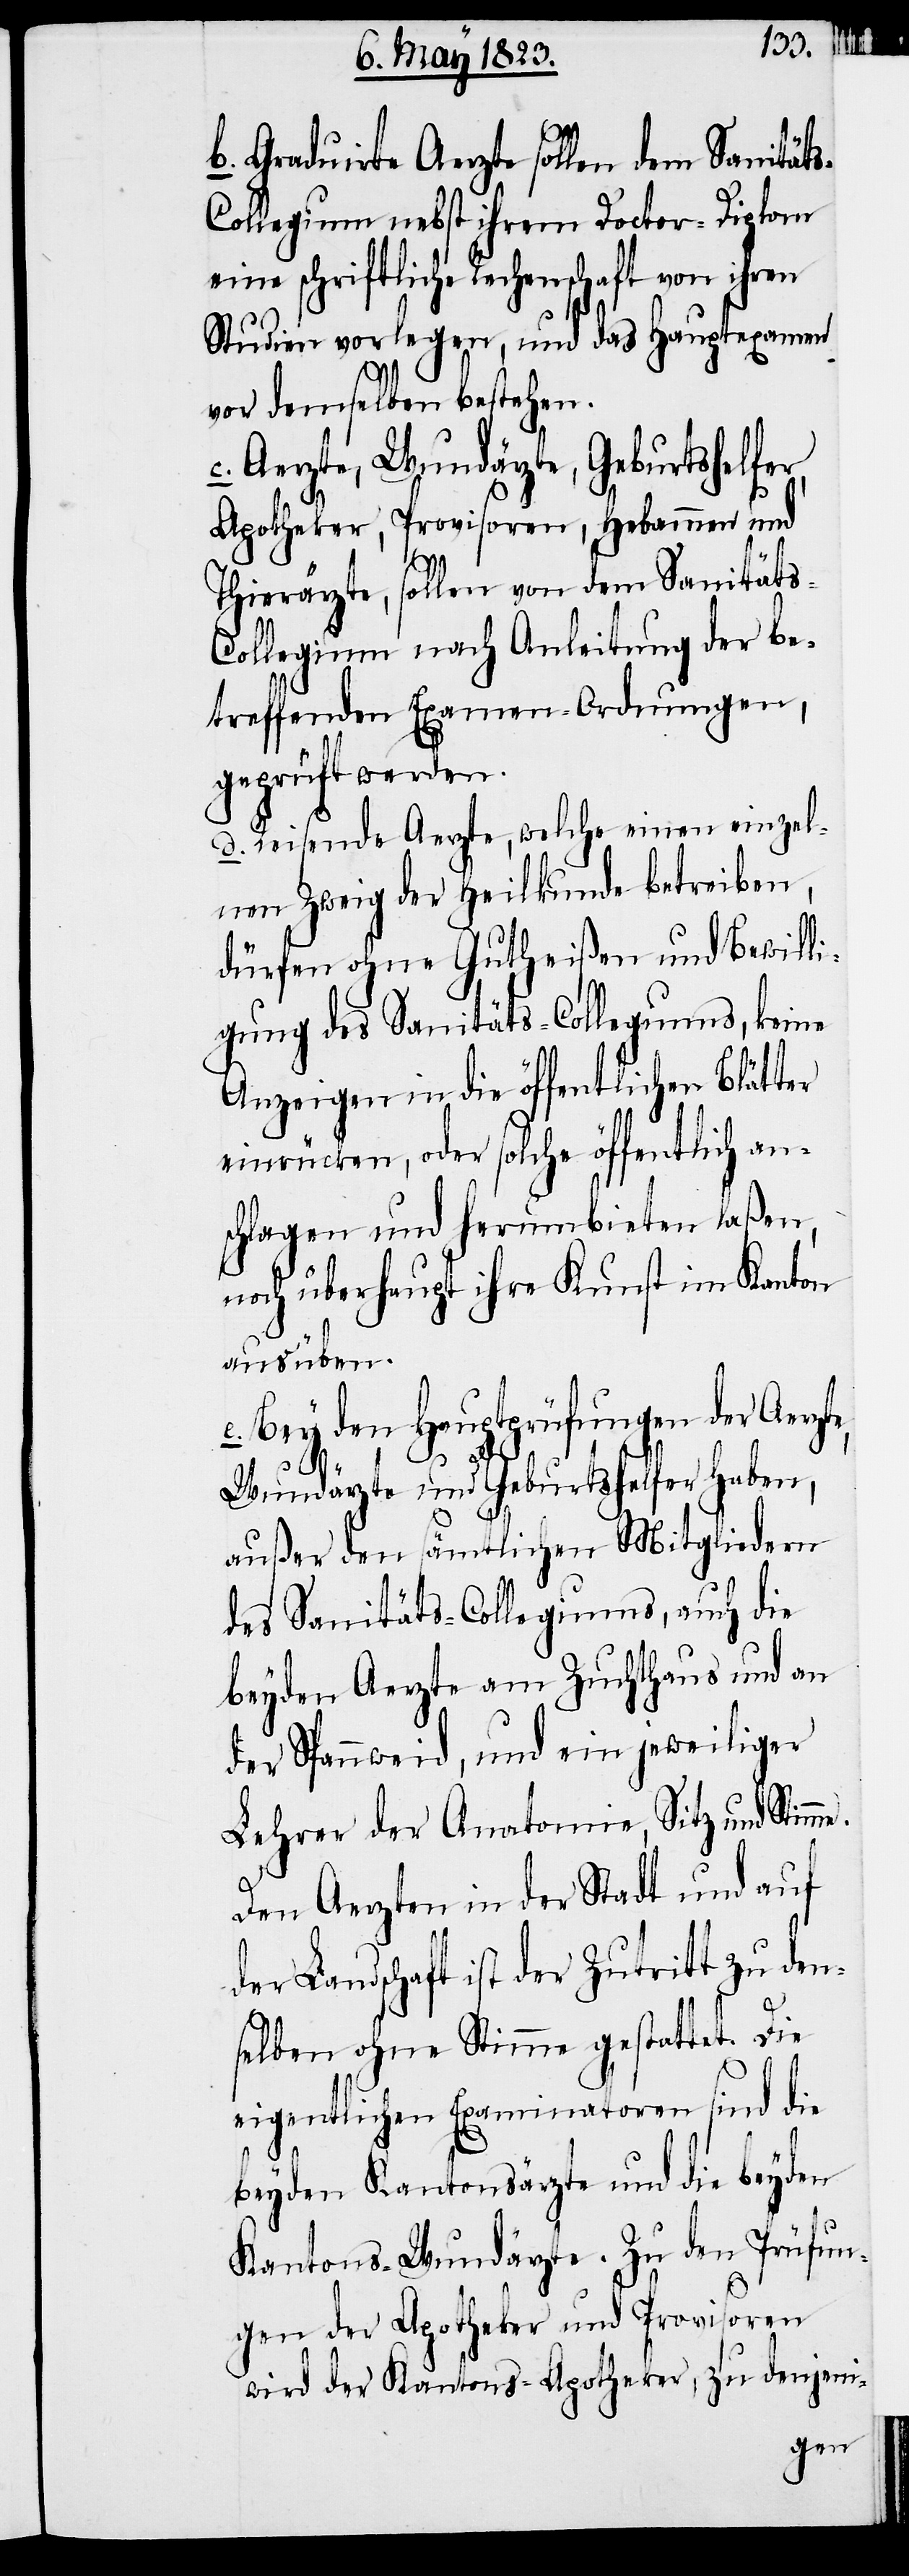
me.
b. Graduirte Aerzte sollen dem Sanität¬
s-Collegium nebst ihrem Doctor-Diplom
eine schriftliche Rechenschaft von
Studien vorlegen, und das Hauptexamen
vor demselben bestehen.
c. Aerzte, Wundärzte, Geburtshelfer,
Apotheker, Provisoren, Hebammen und
Thierärzte, sollen von dem Sanitäts-C¬
ollegium nach Anleitung der be¬
treffenden Examen-Ordnungen,
geprüft werden.
d. Reisende Aerzte, welche einen einzel¬
nen Zweig der Heilkunde betreiben,
dürfen ohne Gutheißen und Bewilli¬
gung des Sanitäts-Collegiums, keine
Anzeigen in die öffentlichen Blätter
einrücken, oder solche öffentlich an¬
schlagen und herumbieten laßen,
noch überhaupt ihre Kunst im Kanton
ausüben.
e. Bey den Hauptprüfungen der Aerzte,
Wundärzte und Geburtshelfer haben,
außer den sämtlichen Mitgliedern
des Sanitäts-Collegiums, auch die
beyden Aerzte am Zuchthaus und an
der Spannweid, und ein jeweiliger
Lehrer der Anatomie, Sitz und Stim¬
Den Aerzten in der Stadt und auf
der Landschaft ist der Zutritt zu den¬
selben ohne Stimme gestattet. Die
eigentlichen Examinatoren sind die
beyden Kantonsärzte und die beyden
Kantons-Wundärzte. Zu den Prüfun¬
gen der Apotheker und Provisoren
wird der Kantons-Apotheker, zu denjeni-